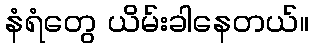
နံရံတွေ ယိမ်းခါနေတယ်။